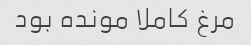
مرغ کاملا مونده بود